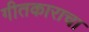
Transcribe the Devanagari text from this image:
गीतकाराचा